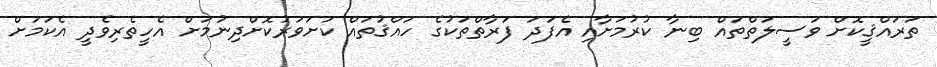
ތަރައްޤީކޮށް ވަސީލަތްތައް ބިނާ ކުރުމަށާއި އެފަދަ ފަރާތްތަކުގެ ހައްޤުތައް ކަށަވަރުކޮށްދިނުމަށް އެހީތެރިވެދީ އެކަމަށް